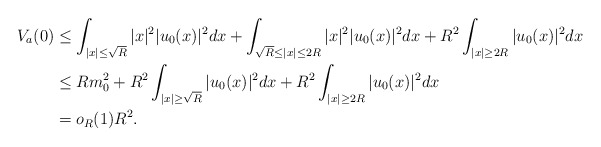
\begin{align*}V_a(0) & \leq \int_{|x| \leq \sqrt{R}} |x|^2|u_0(x)|^2 dx + \int_{\sqrt{R} \leq |x| \leq 2R} |x|^2 |u_0(x)|^2 dx + R^2 \int_{|x|\geq 2R} |u_0(x)|^2 dx\\& \leq Rm_0^2+ R^2 \int_{|x| \geq \sqrt{R}} |u_0(x)|^2 dx + R^2 \int_{|x|\geq 2R} |u_0(x)|^2 dx\\& = o_R(1) R^2.\end{align*}